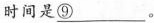
时间是\underline{⑨}。